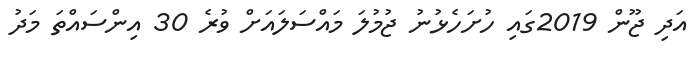
އަދި ޖޫން 2019ގައި ހުށަހެޅުނު ޖުމުލަ މައްސަލައަށް ވުރެ 30 އިންސައްތަ މަދު